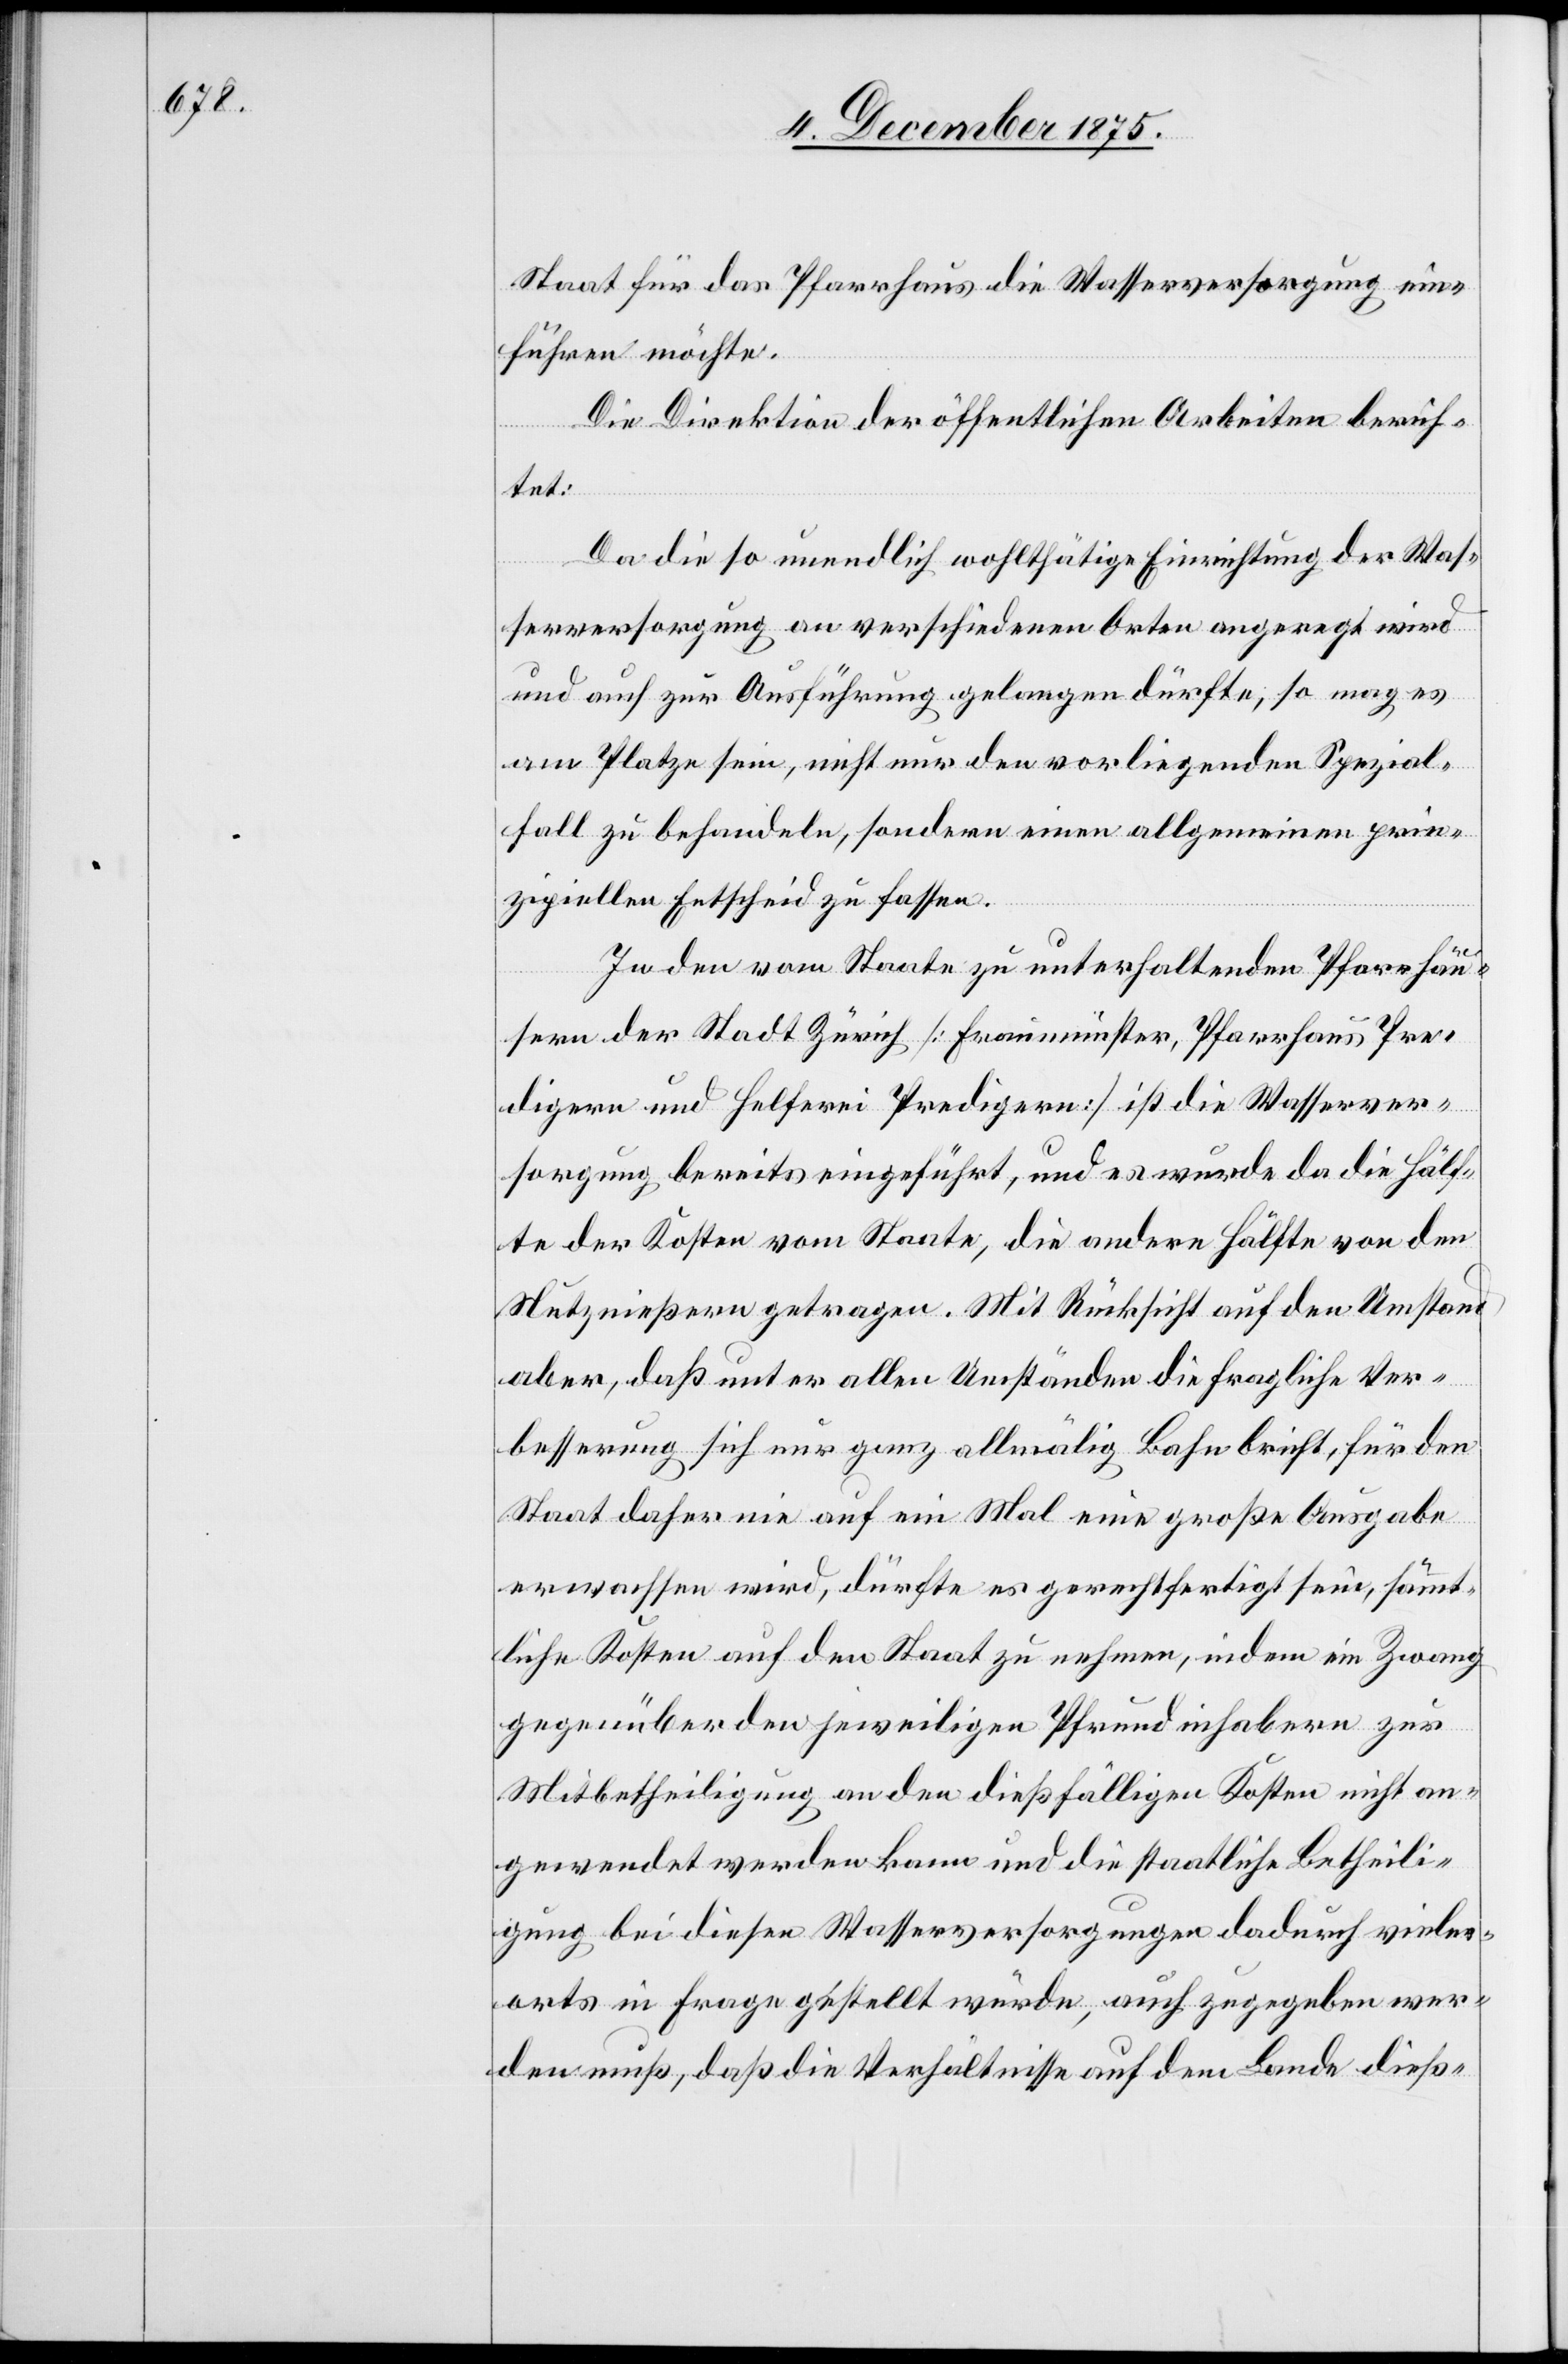
Staat für das Pfarrhaus die Wasserversorgung ein¬
führen möchte.
Die Direktion der öffentlichen Arbeiten berich¬
tet:
Da die so unendlich wohlthätige Einrichtung der Was¬
serversorgung an verschiedenen Orten angeregt wird
und auch zur Ausführung gelangen dürfte, so mag es
am Platze sein, nicht nur den vorliegenden Spezial¬
fall zu behandeln, sondern einen allgemeinen prin¬
zipiellen Entscheid zu fassen.
In den vom Staate zu unterhaltenden Pfarrhäu¬
sern der Stadt Zürich [Fraumünster, Pfarrhaus Pre¬
digern und Helferei Predigern] ist die Wasserver¬
sorgung bereits eingeführt, und es wurde da die Hälf¬
te der Kosten vom Staate, die andere Hälfte von den
Nutznießern getragen. Mit Rücksicht auf den Umstand
aber, daß unter allen Umständen die fragliche Ver¬
besserung sich nur ganz allmälig Bahn bricht, für den
Staat daher nie auf ein Mal eine große Ausgabe
erwachsen wird, dürfte es gerechtfertigt sein, sämmt¬
liche Kosten auf den Staat zu nehmen, indem ein Zwang
gegenüber den jeweiligen Pfrundinhabern zur
Mitbetheiligung an den dießfälligen Kosten nicht an¬
gewendet werden kann und die staatliche Betheili¬
gung bei diesen Wasserversorgungen dadurch vieler¬
orts in Frage gestellt würde, auch zugegeben wer¬
den muß, daß die Verhältnisse auf dem Lande dieß-